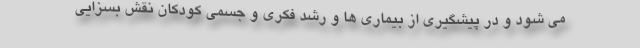
می شود و در پیشگیری از بیماری ها و رشد فکری و جسمی کودکان نقش بسزایی